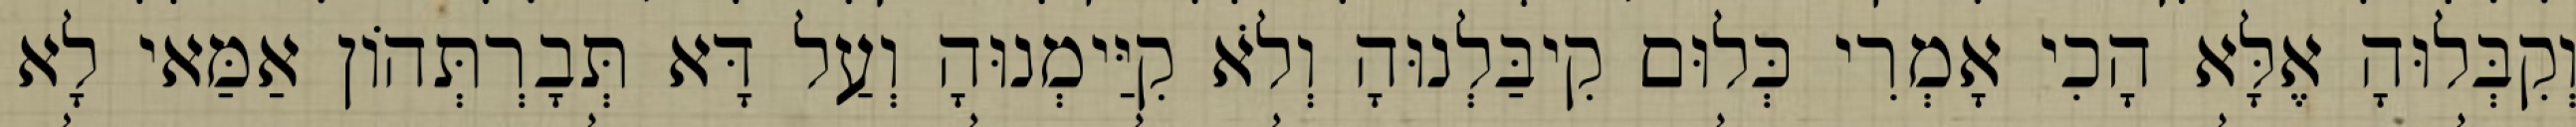
וְקִבְּלוּהָ אֶלָּא הָכִי אָמְרִי כְּלוּם קִיבַּלְנוּהָ וְלֹא קִיַּימְנוּהָ וְעַל דָּא תְּבָרְתְּהוֹן אַמַּאי לָא